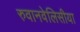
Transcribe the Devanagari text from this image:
रुवानवेलिसीया